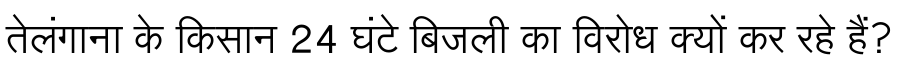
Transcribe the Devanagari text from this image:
तेलंगाना के किसान 24 घंटे बिजली का विरोध क्यों कर रहे हैं?